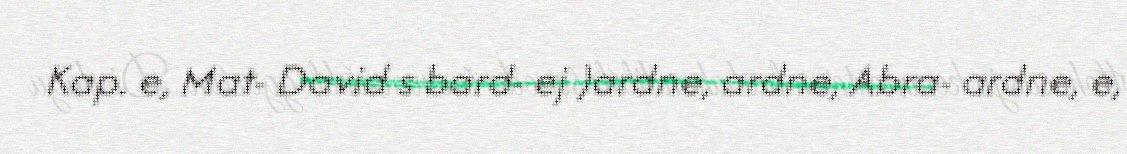
Kap. e, Mat- David s bard- ej )ardne, ardne, Abra- ardne, e,